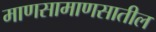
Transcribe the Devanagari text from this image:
माणसामाणसातील